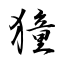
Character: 獞